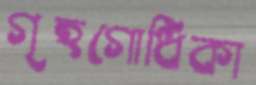
গৃহগোধিকা